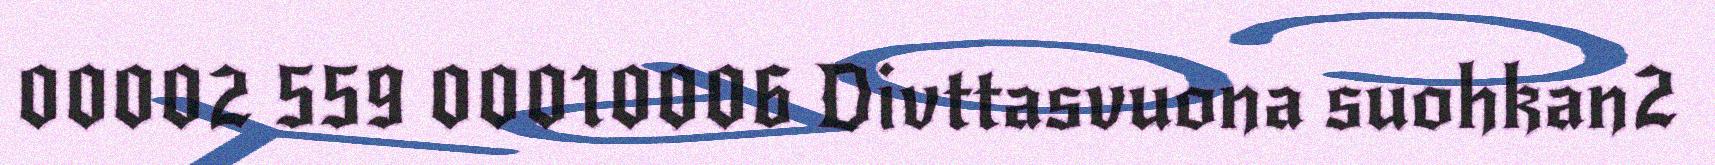
00002 559 00010006 Divttasvuona suohkan2